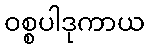
ဝစ္စပါဒုကာယ